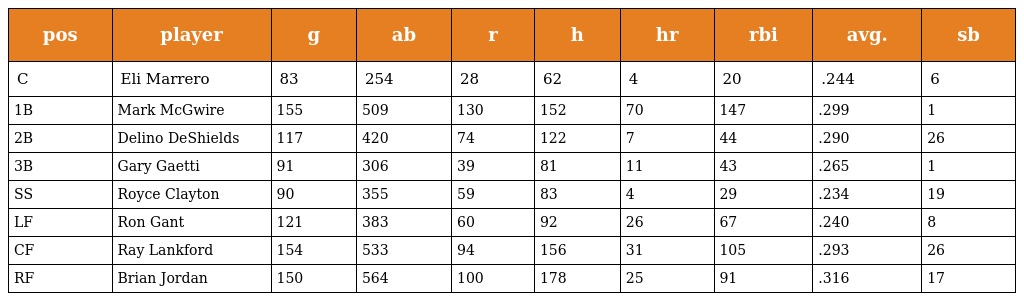
| pos | player | g | ab | r | h | hr | rbi | avg. | sb |
 | --- | --- | --- | --- | --- | --- | --- | --- | --- | --- |
 | C | Eli Marrero | 83 | 254 | 28 | 62 | 4 | 20 | .244 | 6 |
 | 1B | Mark McGwire | 155 | 509 | 130 | 152 | 70 | 147 | .299 | 1 |
 | 2B | Delino DeShields | 117 | 420 | 74 | 122 | 7 | 44 | .290 | 26 |
 | 3B | Gary Gaetti | 91 | 306 | 39 | 81 | 11 | 43 | .265 | 1 |
 | SS | Royce Clayton | 90 | 355 | 59 | 83 | 4 | 29 | .234 | 19 |
 | LF | Ron Gant | 121 | 383 | 60 | 92 | 26 | 67 | .240 | 8 |
 | CF | Ray Lankford | 154 | 533 | 94 | 156 | 31 | 105 | .293 | 26 |
 | RF | Brian Jordan | 150 | 564 | 100 | 178 | 25 | 91 | .316 | 17 |